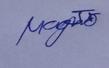
Signature authenticity: genuine